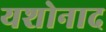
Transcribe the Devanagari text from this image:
यशोनाद